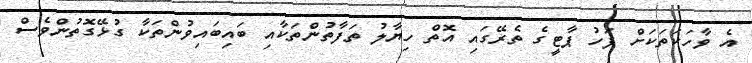
އެ ވާހަކަތަކަށް ފަހު ޕާޓީގެ ތެރޭގައި އޮތް ހިޔާލު ތަފާތުންތަކާއި ބައިބައިވުންތަކާ ގުޅޭގޮތުންވެސް